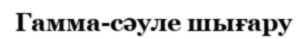
Гамма-сәуле шығару